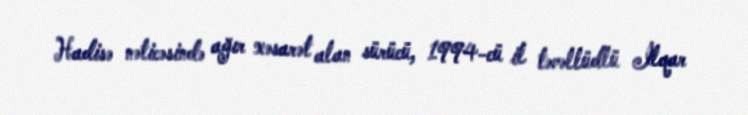
Hadisə nəticəsində ağır xəsarət alan sürücü, 1994-cü il təvəllüdlü İlqar